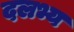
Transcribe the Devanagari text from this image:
दलभ्य